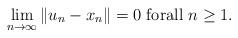
LaTeX: \begin{align*}\lim_{n\rightarrow \infty }\left\Vert u_{n}-x_{n}\right\Vert =0\text{ forall }n\geq 1. \end{align*}